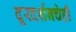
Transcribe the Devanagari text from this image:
दूरदर्शनचेही